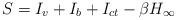
LaTeX: \begin{align*}S = I_v + I_b + I_{ct}-\beta H_\infty\end{align*}